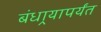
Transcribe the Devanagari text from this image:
बंधार्‍यापर्यंत